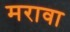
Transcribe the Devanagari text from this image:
मरावा